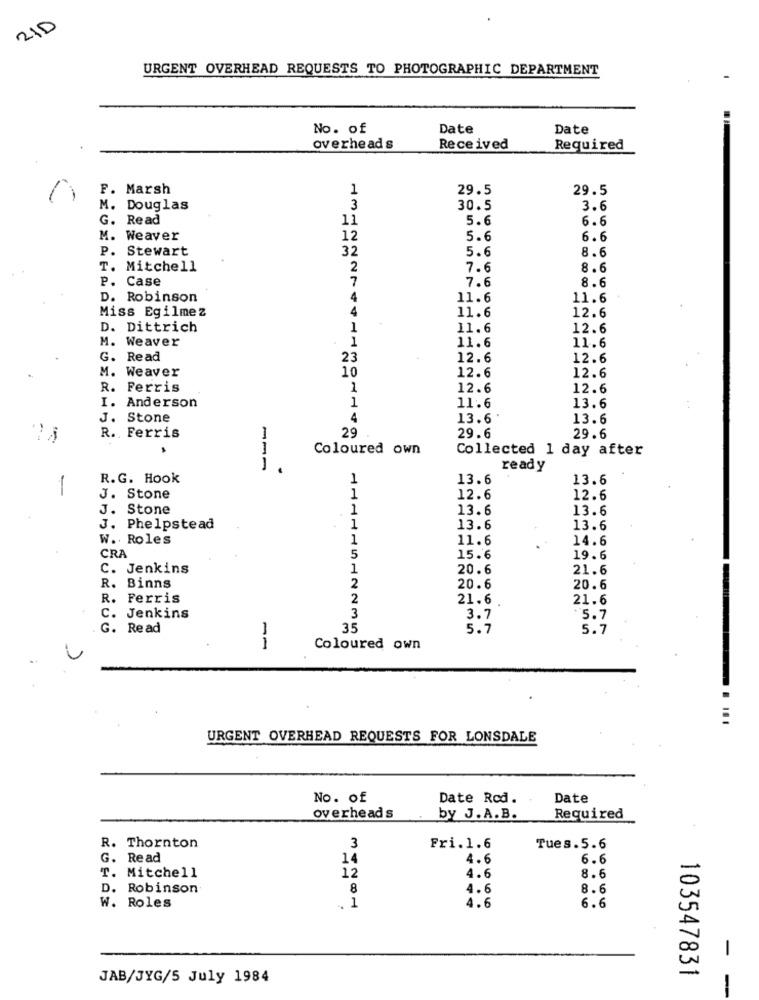
21D
URGENT OVERHEAD REQUESTS TO PHOTOGRAPHIC DEPARTMENT
No. of
Date
Date
overhead s
Received
Required
Marsh
1
29.5
29.5
M. Douglas
3
30.5
3.6
G. Read
11
5.6
6.6
M. Weaver
12
5.6
6.6
P.
Stewart
32
5.6
8.6
T.
Mitchell
2
7.6
8.6
P.
Case
7
7.6
8.6
D. Robinson
4
11.6
11.6
Miss Egilmez
4
11.6
12.6
D. Dittrich
1
11.6
12.6
M. Weaver
1
11.6
11.6
Read
23
12.6
12.6
M.
Weaver
10
12.6
12.6
Ferris
1
12.6
12.6
I. Anderson
1
11.6
13.6
J. Stone
4
13.6
13.6
R. Ferris
29
29.6
29.6
1
Coloured own
Collected 1 day after
ready
R.G. Hook
1
13.6
13.6
-
J. Stone
1
12.6
12.6
J. Stone
1
13.6
13.6
J. Phelpstead
1
13.6
13.6
W .. Roles
1
11.6
14.6
CRA
5
15.6
19.6
C. Jenkins
1
20.6
21.6
R. Binns
2
20.6
20.6
R. Ferris
2
21.6
21.6
C. Jenkins
3
3.7
:5.7
G. Read
35
5.7
5.7
Coloured own
URGENT OVERHEAD REQUESTS FOR LONSDALE
No. of
Date Rod.
Date
overheads
by J. A. B.
Required
R. Thornton
3
Fri.1.6
Tues.5.6
G. Read
14
4.6
6.6
T. Mitchell
12
4.6
8.6
. Robinson
8
4.6
8.6
4.6
W. Roles
1
6.6
-
103547831
JAB/JYG/5 July 1984